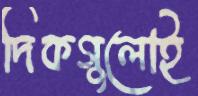
দিকগুলোই